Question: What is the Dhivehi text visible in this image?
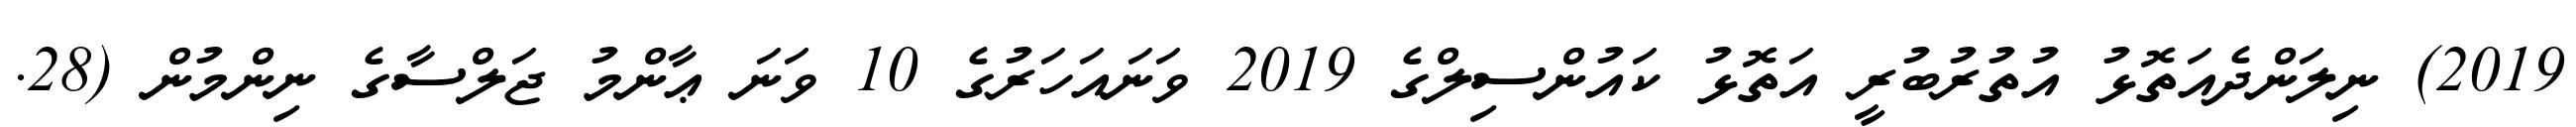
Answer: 2019) ނިލަންދެއަތޮޅު އުތުރުބުރީ އަތޮޅު ކައުންސިލްގެ 2019 ވަނައަހަރުގެ 10 ވަނަ ޢާންމު ޖަލްސާގެ ނިންމުން (28.